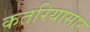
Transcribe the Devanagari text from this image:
कतरियासार